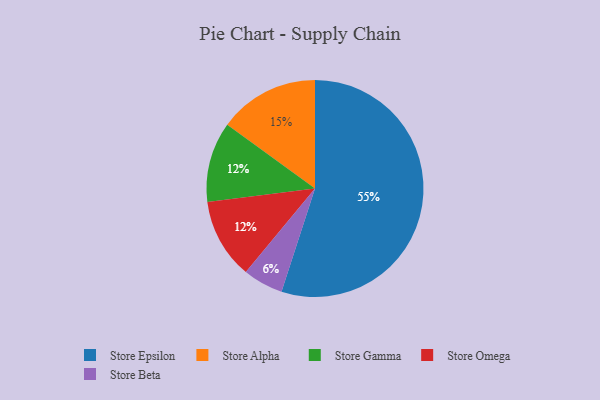
{"axis": {"x": "Category", "y": "Percentage"}, "legend": ["Store Alpha", "Store Beta", "Store Epsilon", "Store Gamma", "Store Omega"], "data": [{"x": "Store Gamma", "y": 12, "type": "Store Gamma"}, {"x": "Store Beta", "y": 6, "type": "Store Beta"}, {"x": "Store Alpha", "y": 15, "type": "Store Alpha"}, {"x": "Store Omega", "y": 12, "type": "Store Omega"}, {"x": "Store Epsilon", "y": 55, "type": "Store Epsilon"}]}